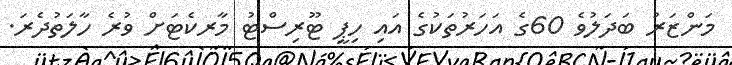
މަންޒަރު ބަދަލުވެ 60ގެ އަހަރުތަކުގެ އައި ހިޕީ ޓޫރިސްޓު މާރކެޓަށް ވުރެ ހާލަތުދެރަ.